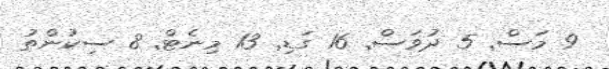
9 މަސް